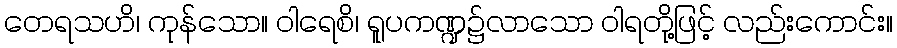
တေရသဟိ၊ ကုန်သော။ ဝါရေစိ၊ ရူပကဏ္ဍ၌လာသော ဝါရတို့ဖြင့် လည်းကောင်း။